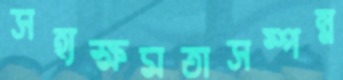
সহ্যক্ষমতাসম্পন্ন